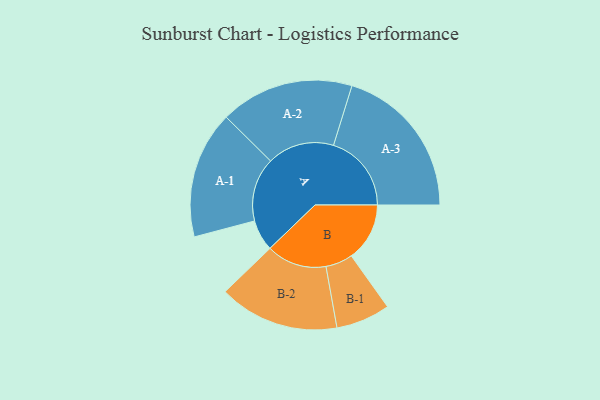
{"axis": {"x": "Segment", "y": "Value"}, "legend": ["", "A", "B"], "data": [{"x": "A", "y": 116, "type": ""}, {"x": "B", "y": 217, "type": ""}, {"x": "A-1", "y": 237, "type": "A"}, {"x": "A-2", "y": 249, "type": "A"}, {"x": "A-3", "y": 290, "type": "A"}, {"x": "B-1", "y": 101, "type": "B"}, {"x": "B-2", "y": 224, "type": "B"}]}